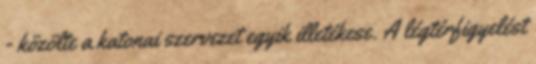
- közölte a katonai szervezet egyik illetékese. A légtérfigyelést